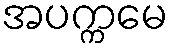
အပက္ကမေ